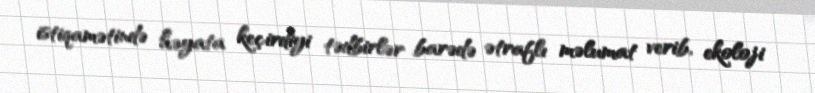
istiqamətində həyata keçirdiyi tədbirlər barədə ətraflı məlumat verib, ekoloji